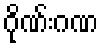
ဂိုဏ်းဂဏ